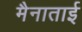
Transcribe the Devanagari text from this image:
मैनाताई